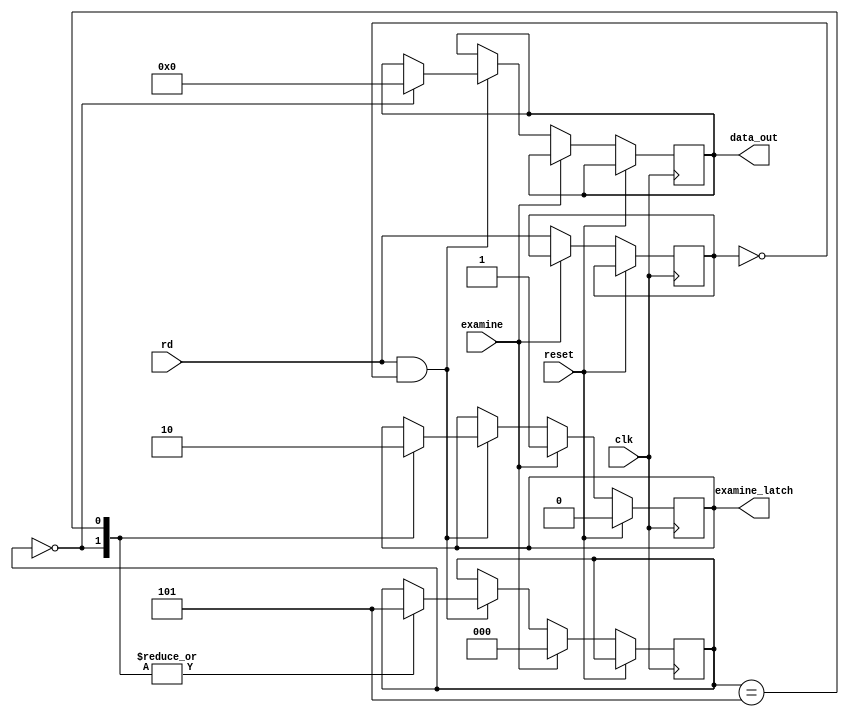
/*
EXM NXT 
Examine Next operates in the same manner as Examine, except 
a NOP is strobed onto the data lines through 4 gates of IC D 
and 4 gates of ICE. This causes the processor to step the program counter. 

*/

module examine_next(
  input clk,
  input reset,
  input rd,
  input examine,
  output reg [7:0] data_out,
  output examine_latch
);

  reg [2:0] state = 3'b000;
  reg prev_rd = 1'b0;
  reg en_lt = 1'b0;
  
  always @(posedge clk)
    begin
      if (reset) begin 
        en_lt <= 1'b0; 
      end  
      else if (examine) 
      begin 
        state <= 3'b000; 
        en_lt <= 1'b1; 
      end
      else begin
     	  if (rd && prev_rd==1'b0)
		    begin
          case (state)
          3'b000 : begin
              en_lt <= 1'b1;
              state <= 3'b101;
              data_out <= 8'b00000000; // NOP
				    end
          3'b101 : begin						
              state <= 3'b101;
     		      en_lt <= 1'b0;
            end
          endcase
		    end
		  prev_rd = rd;  
      end
    end
	  assign examine_latch = en_lt;
endmodule